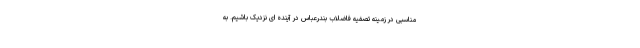
مناسبی در زمینه تصفیه فاضلاب بندرعباس در آینده ای نزدیک باشیم. به